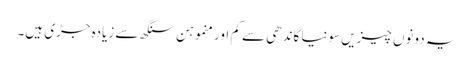
یہ دونوں چیزیں سونیا گاندھی سے کم اور منموہن سنگھ سے زیادہ جڑی ہیں۔